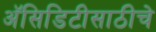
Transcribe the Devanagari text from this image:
अॅसिडिटीसाठीचे